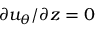
\partial u _ { \theta } / \partial z = 0